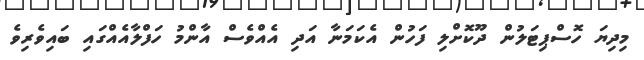
މިދިޔަ ހޮސްޕިޓަލުން ދޫކޮށްލި ފަހުން އެކަމަނާ އަދި އެއްވެސް އާންމު ހަފްލާއެއްގައި ބައިވެރިވެ